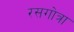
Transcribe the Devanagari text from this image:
रसगोत्रा